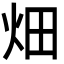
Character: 畑